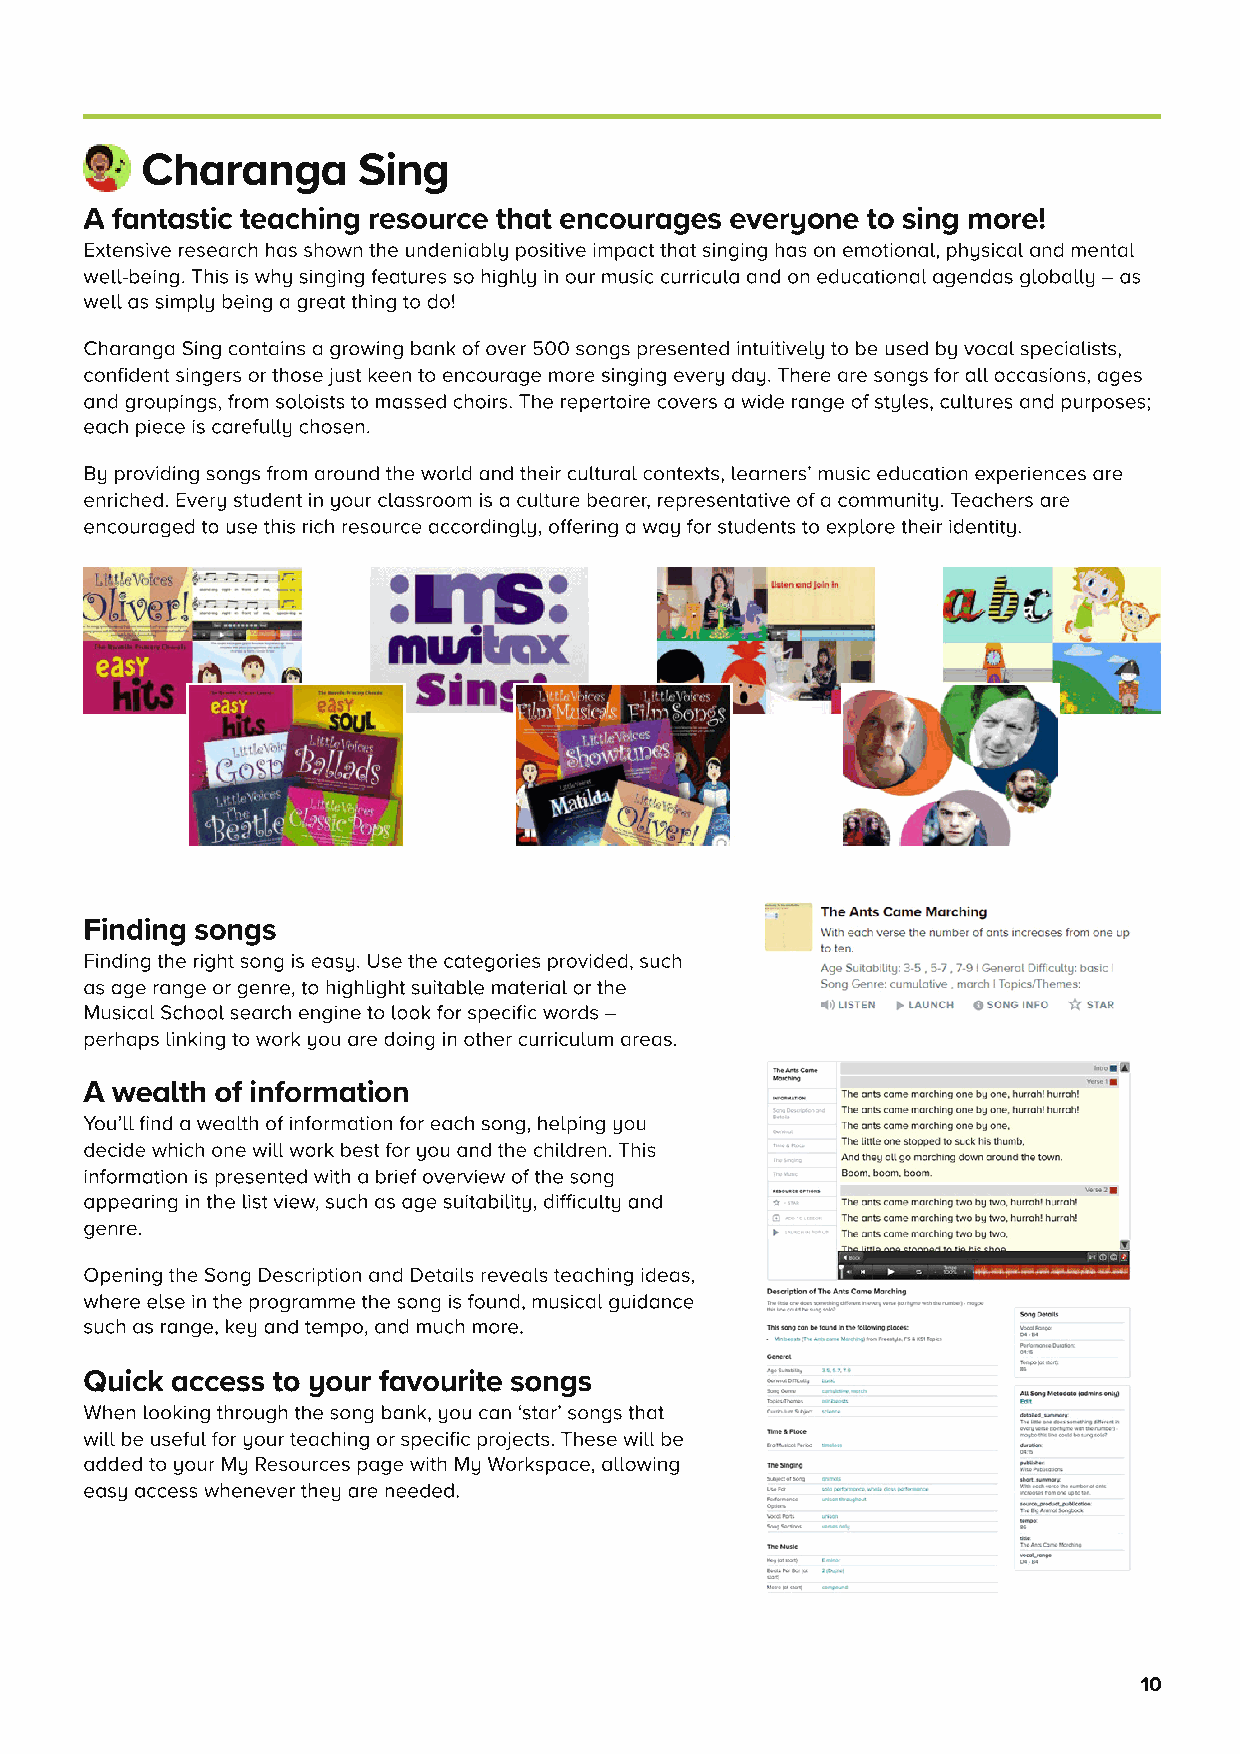
Chrng       Sing
 A fntstic teching resource tht encourges everone to sing more!
 Extensive reserch hs shown the undenib positive impct tht singing hs on emotion, phsic nd ment
 we-being. This is wh singing fetures so high in our music curricu nd on eduction gends gob – s
 we s simp being  gret thing to do!
 Chrng Sing contins  growing bnk of over 500 songs presented intuitive to be used b voc speciists,
 confident singers or those just keen to encourge more singing ever d. There re songs for  occsions, ges
 nd groupings, from sooists to mssed choirs. The repertoire covers  wide rnge of stes, cutures nd purposes;
 ech piece is crefu chosen.
 B providing songs from round the word nd their cutur contexts, erners’ music eduction experiences re
 enriched. Ever student in our cssroom is  cuture berer, representtive of  communit. Techers re
 encourged to use this rich resource ccording, offering  w for students to expore their identit.
 Finding songs
 Finding the right song is es. Use the ctegories provided, such
 s ge rnge or genre, to highight suitbe mteri or the
 Music Schoo serch engine to ook for specific words –
 perhps inking to work ou re doing in other curricuum res.
 A weth of informtion
 You’ find  weth of informtion for ech song, heping ou
 decide which one wi work best for ou nd the chidren. This
 informtion is presented with  brief overview of the song
 ppering in the ist view, such s ge suitbiit, difficut nd
 genre.
 Opening the Song Description nd Detis reves teching ides,
 where ese in the progrmme the song is found, music guidnce
 such s rnge, ke nd tempo, nd much more.
 Quick ccess to our fvourite songs
 When ooking through the song bnk, ou cn ‘str’ songs tht
 wi be usefu for our teching or specific projects. These wi be
 dded to our M Resources pge with M Workspce, owing
 es ccess whenever the re needed.
 10